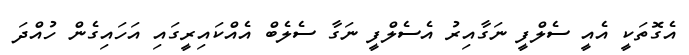
އެގޮތަކީ އެއީ ސެލްފީ ނަގާއިރު އެސެލްފީ ނަގާ ސެލެބް އެއްކައިރީގައި އަހައިގެން ހުއްދަ